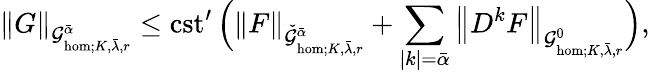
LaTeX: \left\| G\right\| _{\mathcal{G}_{\mathrm{hom};K,\bar{\lambda},r}^{\bar{\alpha}}}\le\mathrm{cst^{\prime}}\, \Big(\left\| F\right\| _{\check{\mathcal{G}}_{\mathrm{hom};K,\bar{\lambda},r}^{\bar{\alpha}}}+\sum_{|k|=\bar{\alpha}}\left\| D^{k}F\right\| _{\mathcal{G}_{\mathrm{hom};K,\bar{\lambda},r}^{0}}\Big),